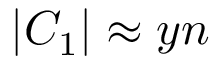
| C _ { 1 } | \approx y n